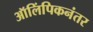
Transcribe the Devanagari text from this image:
ऑलिंपिकनंतर